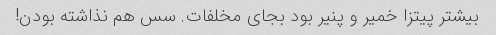
بیشتر پیتزا خمیر و پنیر بود بجای مخلفات. سس هم نذاشته بودن!